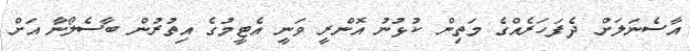
އާސެނަލަށް ދެފަހަރެއްގެ މަތިން ކުޅުނު އޮންރީ ވަނީ އެޓީމުގެ އިތުރުން ބާސެލޯނާ އަށް